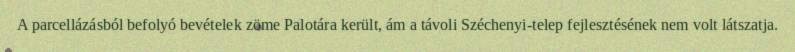
A parcellázásból befolyó bevételek zöme Palotára került, ám a távoli Széchenyi-telep fejlesztésének nem volt látszatja.